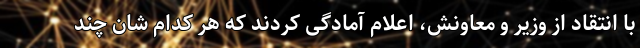
با انتقاد از وزیر و معاونش، اعلام آمادگی کردند که هر کدام شان چند